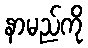
နာမည်ကို